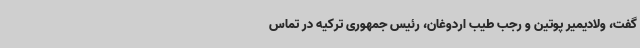
گفت، ولادیمیر پوتین و رجب طیب اردوغان،‌ رئیس‌ جمهوری ترکیه در تماس